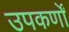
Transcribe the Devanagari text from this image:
उपकर्णों